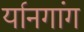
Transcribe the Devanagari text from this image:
र्यानगांग